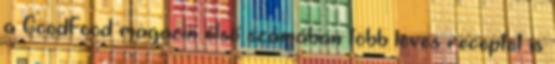
a GoodFood magazin első számában több leves receptet is